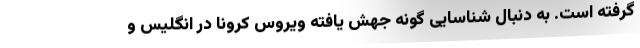
گرفته است. به دنبال شناسایی گونه جهش یافته ویروس کرونا در انگلیس و